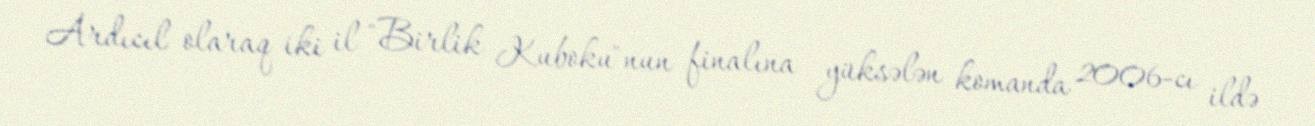
Ardıcıl olaraq iki il "Birlik Kuboku"nun finalına yüksələn komanda 2006-cı ildə